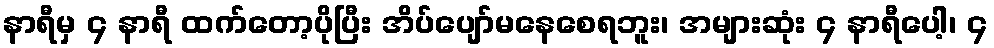
နာရီမှ ၄ နာရီ ထက်တော့ပိုပြီး အိပ်ပျော်မနေစေရဘူး၊ အများဆုံး ၄ နာရီပေါ့၊ ၄